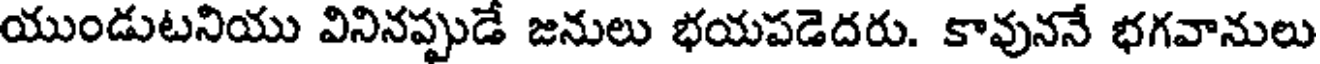
యుండుటనియు వినినప్పుడే జనులు భయపడెదరు. కావుననే భగవానులు